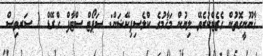
ޤާނޫނީގޮތުން ގެޒެޓްކުރެވޭ ލިޔުން މަޤާމުގެ ކްލެސިފިކޭޝަން: ސަޕޯޓް ސްޓާފް ގްރޭޑް 1 ސަރވިސް